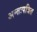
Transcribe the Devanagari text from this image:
अन्तःपत्रित